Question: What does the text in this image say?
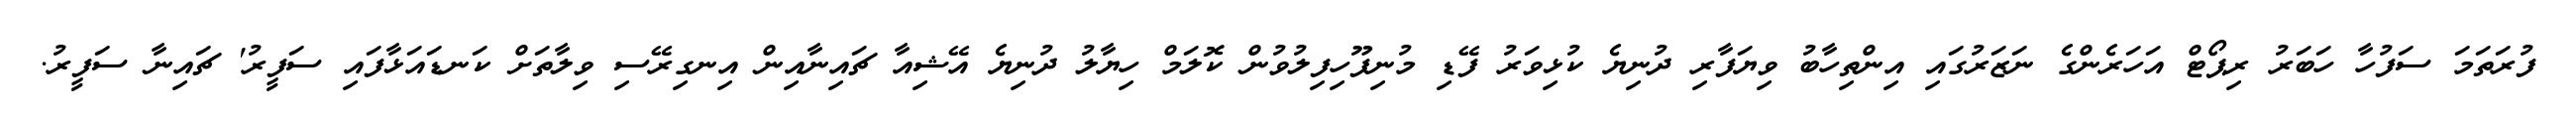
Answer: ފުރަތަމަ ސަފުހާ ހަބަރު ރިޕޯޓް އަހަރެންގެ ނަޒަރުގައި އިންތިހާބު ވިޔަފާރި ދުނިޔެ ކުޅިވަރު ފޭޑި މުނިފޫހިފިލުވުން ކޮލަމް ހިޔާލު ދުނިޔެ އޭޝިއާ ޗައިނާއިން އިނގިރޭސި ވިލާތަށް ކަނޑައަޅާފައި ސަފީރު' ޗައިނާ ސަފީރު.